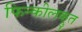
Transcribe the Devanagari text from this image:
फिन्कीलक्रुत